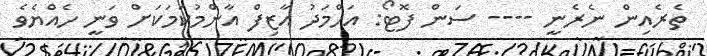
ތެރެއިން ނެރެނީ ---- ސަން ފޮޓޯ: އަހްމަދު އާޒިފް އާންމުކަމަކަށް ވަނީ ހެއްޔެވެ